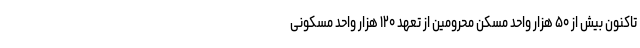
تاکنون بیش از ۵۰ هزار واحد مسکن محرومین از تعهد ۱۲۰ هزار واحد مسکونی